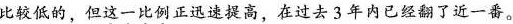
比较低的，但这一比例正迅速提高，在过去3年内已经翻了近一番。